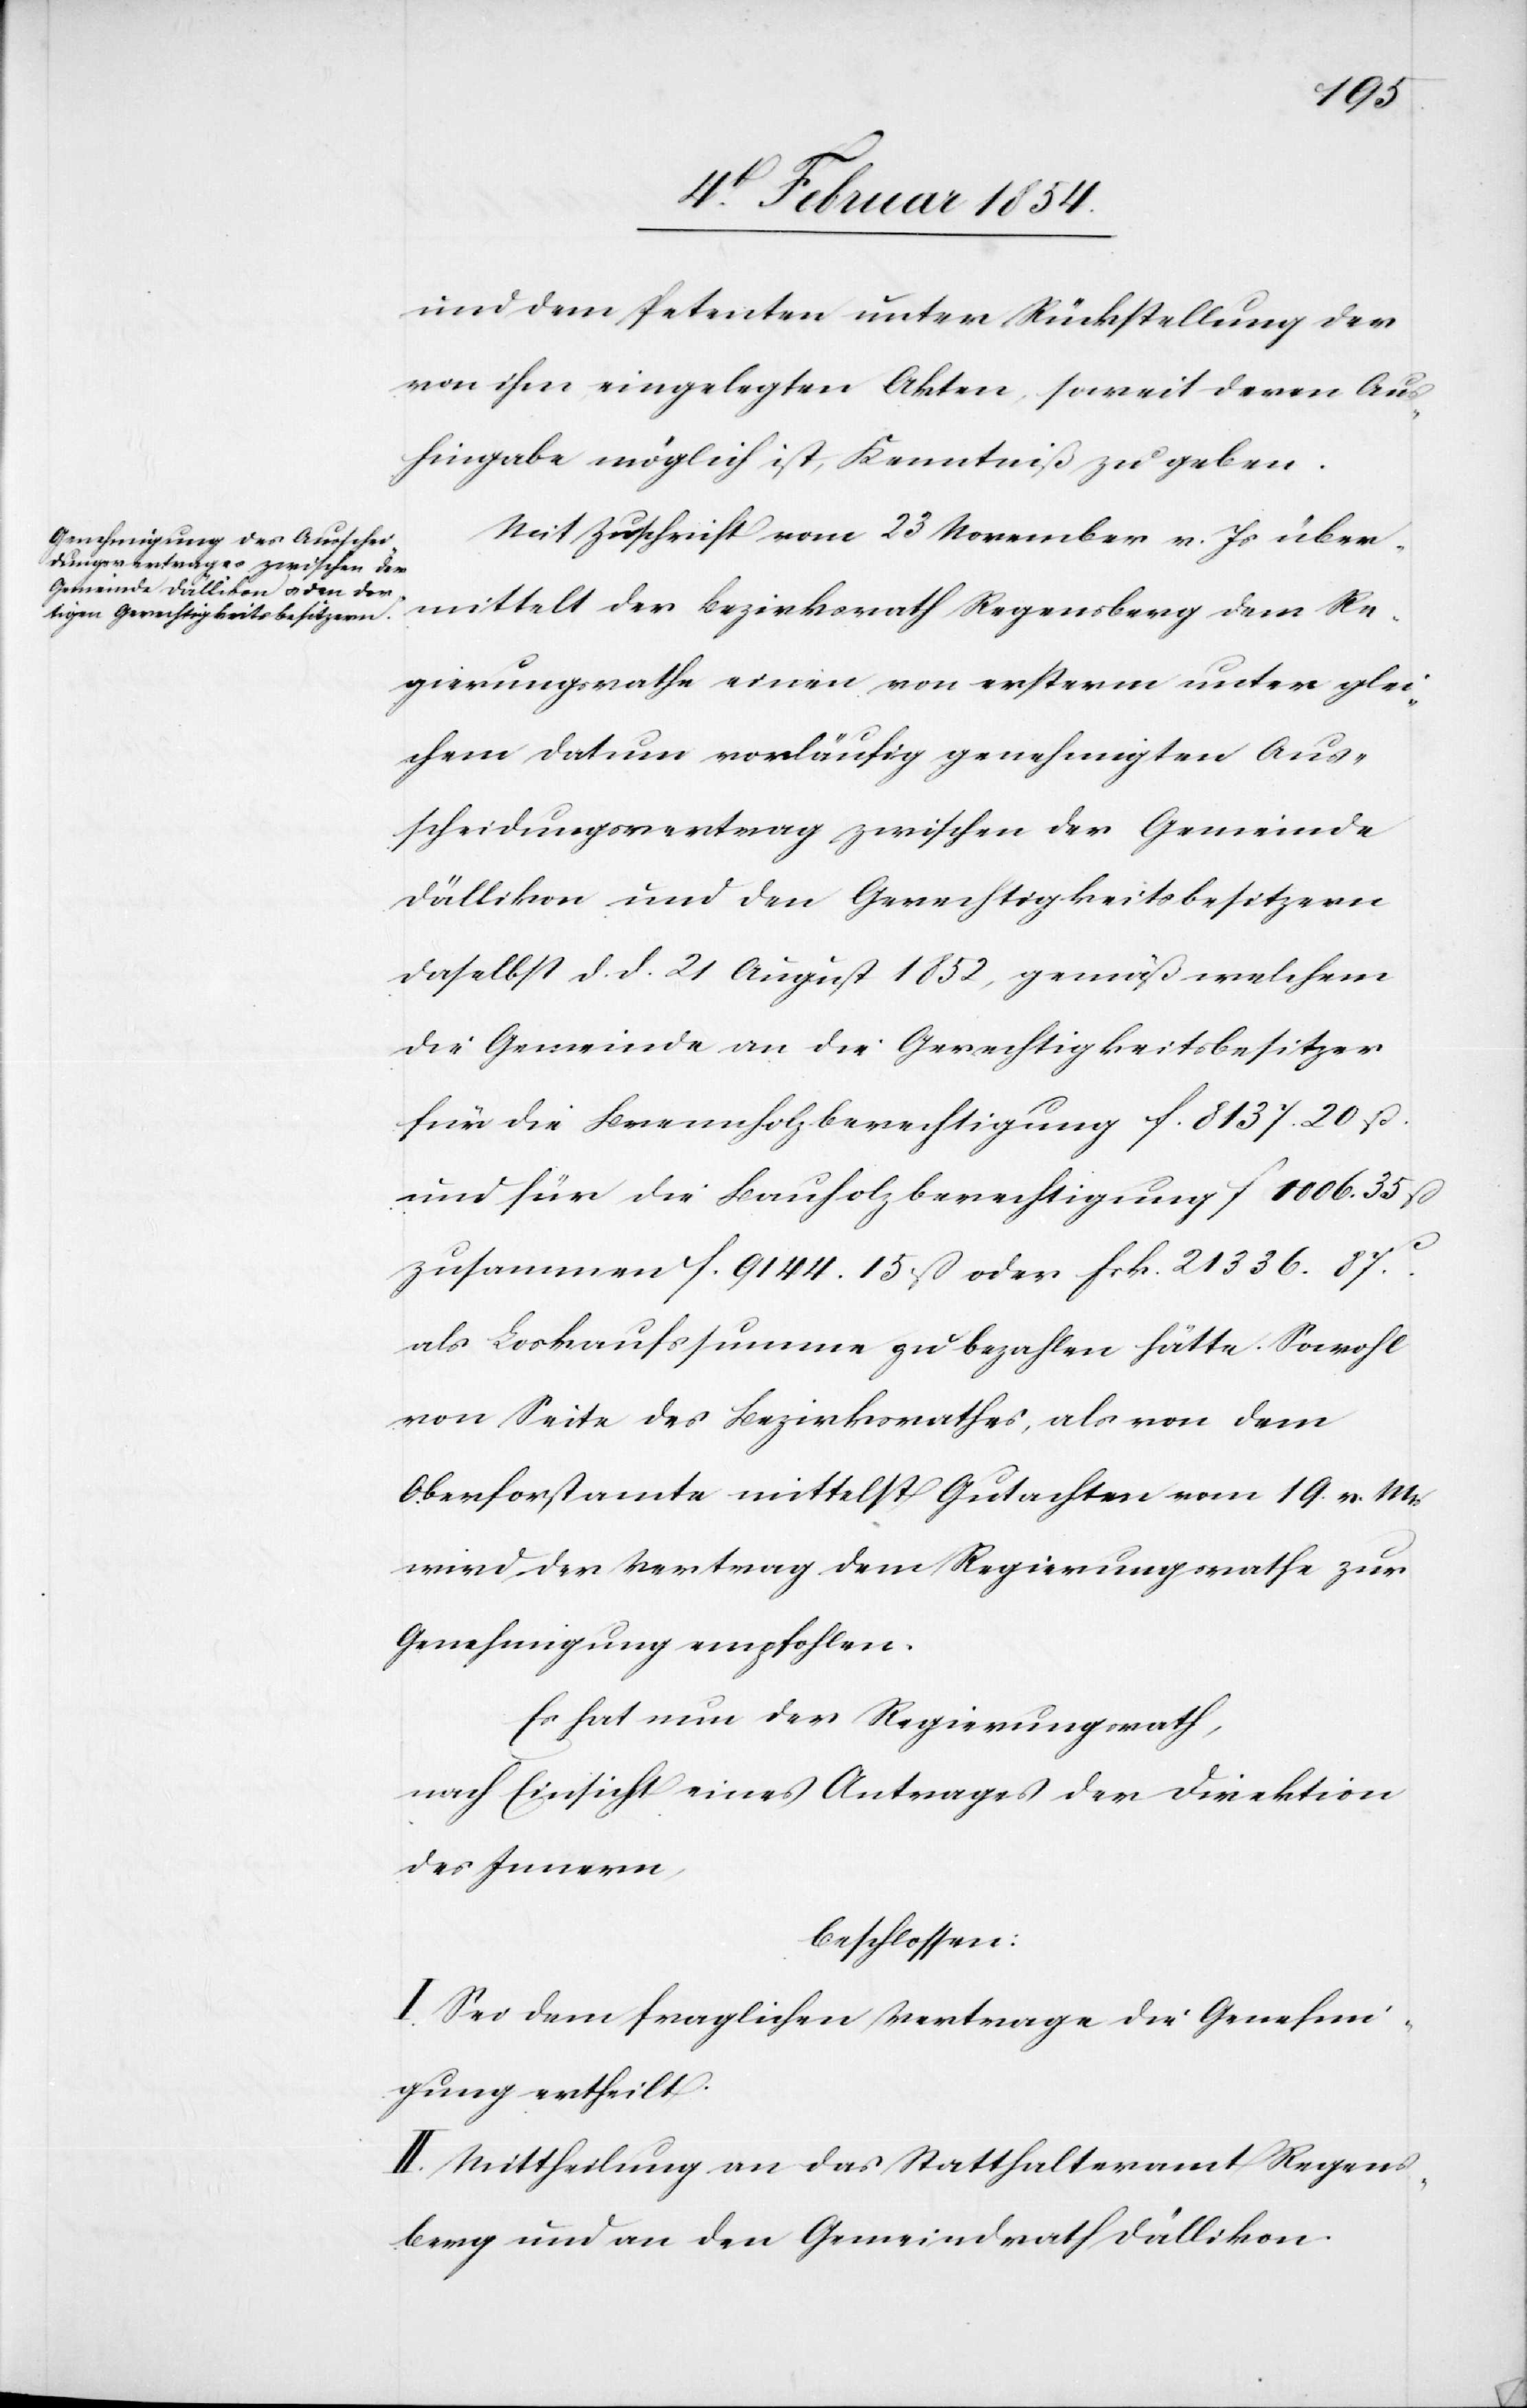
und dem Petenten unter Rückstellung der
von ihm eingelegten Akten, soweit deren Aus¬
hingabe möglich ist, Kenntniß zu geben.
Mit Zuschrift vom 23 November v. Js über¬
mittelt der Bezirksrath Regensberg dem Re¬
gierungsrath einen von erster unter glei¬
chem Datum vorläufig genehmigten Aus¬
scheidungsvertrag zwischen der Gemeinde
Dällikon und den Gerechtigkeitsbesitzern
daselbst d. d. 21 August 1852, gemäß welchem
die Gemeinde an die Gerechtigkeitsbesitzer
für die Brennholzberechtigung F. 8137. 20 ß.
und für die Bauholzberechtigung F 1006. 35 ß
zusammen F. 9144. 15 ß oder Frk. 21 336 .87.c
als Loskaufssumme zu bezahlen hätte. Sowohl
von Seite des Bezirksrathes, als von dem
Oberforstamte mittelst Gutachten vom 19. v. Mts
wird der Vertrag dem Regierungsrathe zur
Genehmigung empfohlen.
Es hat nun der Regierungsrath,
nach Einsicht eines Antrages der Direktion
des Innern,
beschlossen:
I. Sei dem fraglichen Vertrage die Genehmi¬
gung ertheilt.
II. Mittheilung an das Statthalteramt Regens¬
berg und an den Gemeindrath Dällikon.